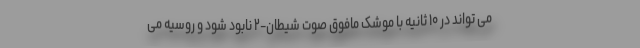
می تواند در ۱۰ ثانیه با موشک مافوق صوت شیطان-۲ نابود شود و روسیه می